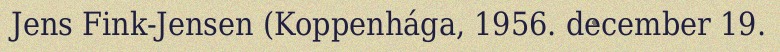
Jens Fink-Jensen (Koppenhága, 1956. december 19.